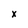
Character: x